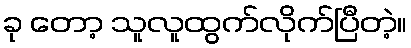
ခု တော့ သူလူထွက်လိုက်ပြီတဲ့။